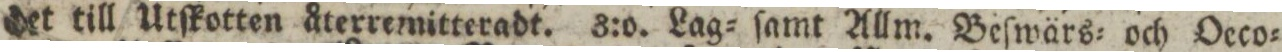
det till Utſkotten återremitteradt. 3:o. Lag= ſamt Allm. Beſwärs= och Oeco=